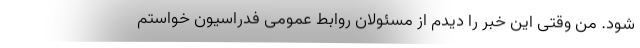
شود. من وقتی این خبر را دیدم از مسئولان روابط عمومی فدراسیون خواستم